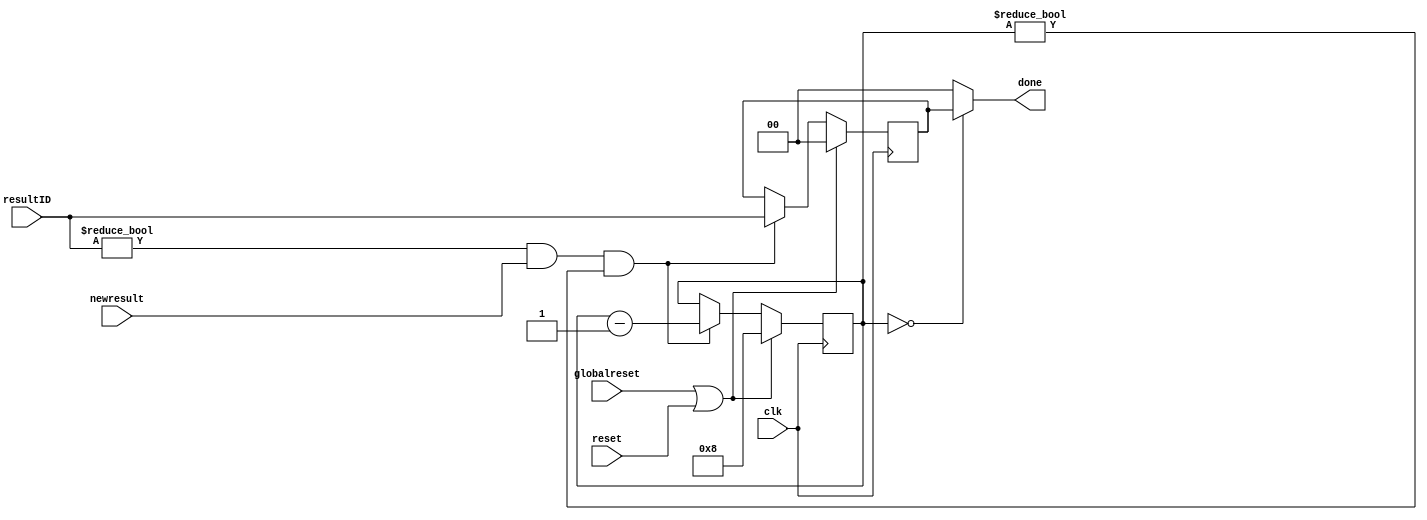
`define SIMULATION_MEMORY

 module resultcounter (resultID, newresult, done, reset, globalreset, clk);

    input[1:0] resultID; 
    input newresult; 
    output[1:0] done; 
    wire[1:0] done;
    input reset; 
    input globalreset; 
    input clk; 

	wire big_reset;

    reg[3:0] count; 
    reg[1:0] curr; 

    assign done = (count == 0) ? curr : 2'b00 ;
	assign big_reset = globalreset | reset;

    always @(posedge clk)
    begin
		if (big_reset == 1'b1)
       begin
          count <= 4'b1000 ; 
          curr <= 0;
       end
       else
       begin
          if ((resultID != 0) & (newresult == 1'b1) & (count != 0))
          begin
             count <= count - 1 ; 
             curr <= resultID ; 
          end 
       end 
    end 
 endmodule